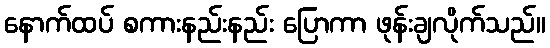
နောက်ထပ် စကားနည်းနည်း ပြောကာ ဖုန်းချလိုက်သည်။